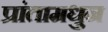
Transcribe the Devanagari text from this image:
प्रांतामधुन